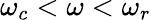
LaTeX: \omega_{c}<\omega<\omega_{r}